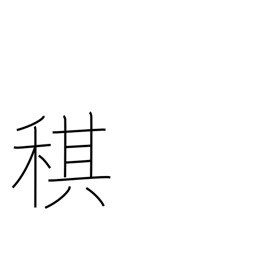
Meaning: one year